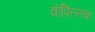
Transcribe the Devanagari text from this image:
कंपिल्लक